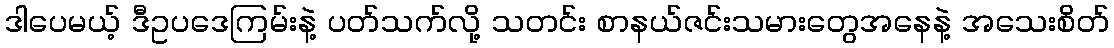
ဒါပေမယ့် ဒီဥပဒေကြမ်းနဲ့ ပတ်သက်လို့ သတင်း စာနယ်ဇင်းသမားတွေအနေနဲ့ အသေးစိတ်